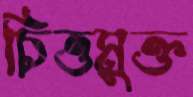
চিত্তমুক্ত